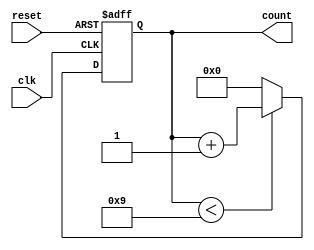
module BCD_Counter (
    input wire clk,         // Clock signal
    input wire reset,       // Asynchronous reset signal
    output reg [3:0] count  // 4-bit output for BCD count
);

// Sequential logic for BCD counting
always @(posedge clk or posedge reset) begin
    if (reset) begin
        count <= 4'b0000; // Reset the counter to 0
    end else begin
        if (count < 4'b1001) begin
            count <= count + 1; // Increment the counter
        end else begin
            count <= 4'b0000; // Reset to 0 if count exceeds 9
        end
    end
end

endmodule